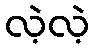
လဲ့လဲ့